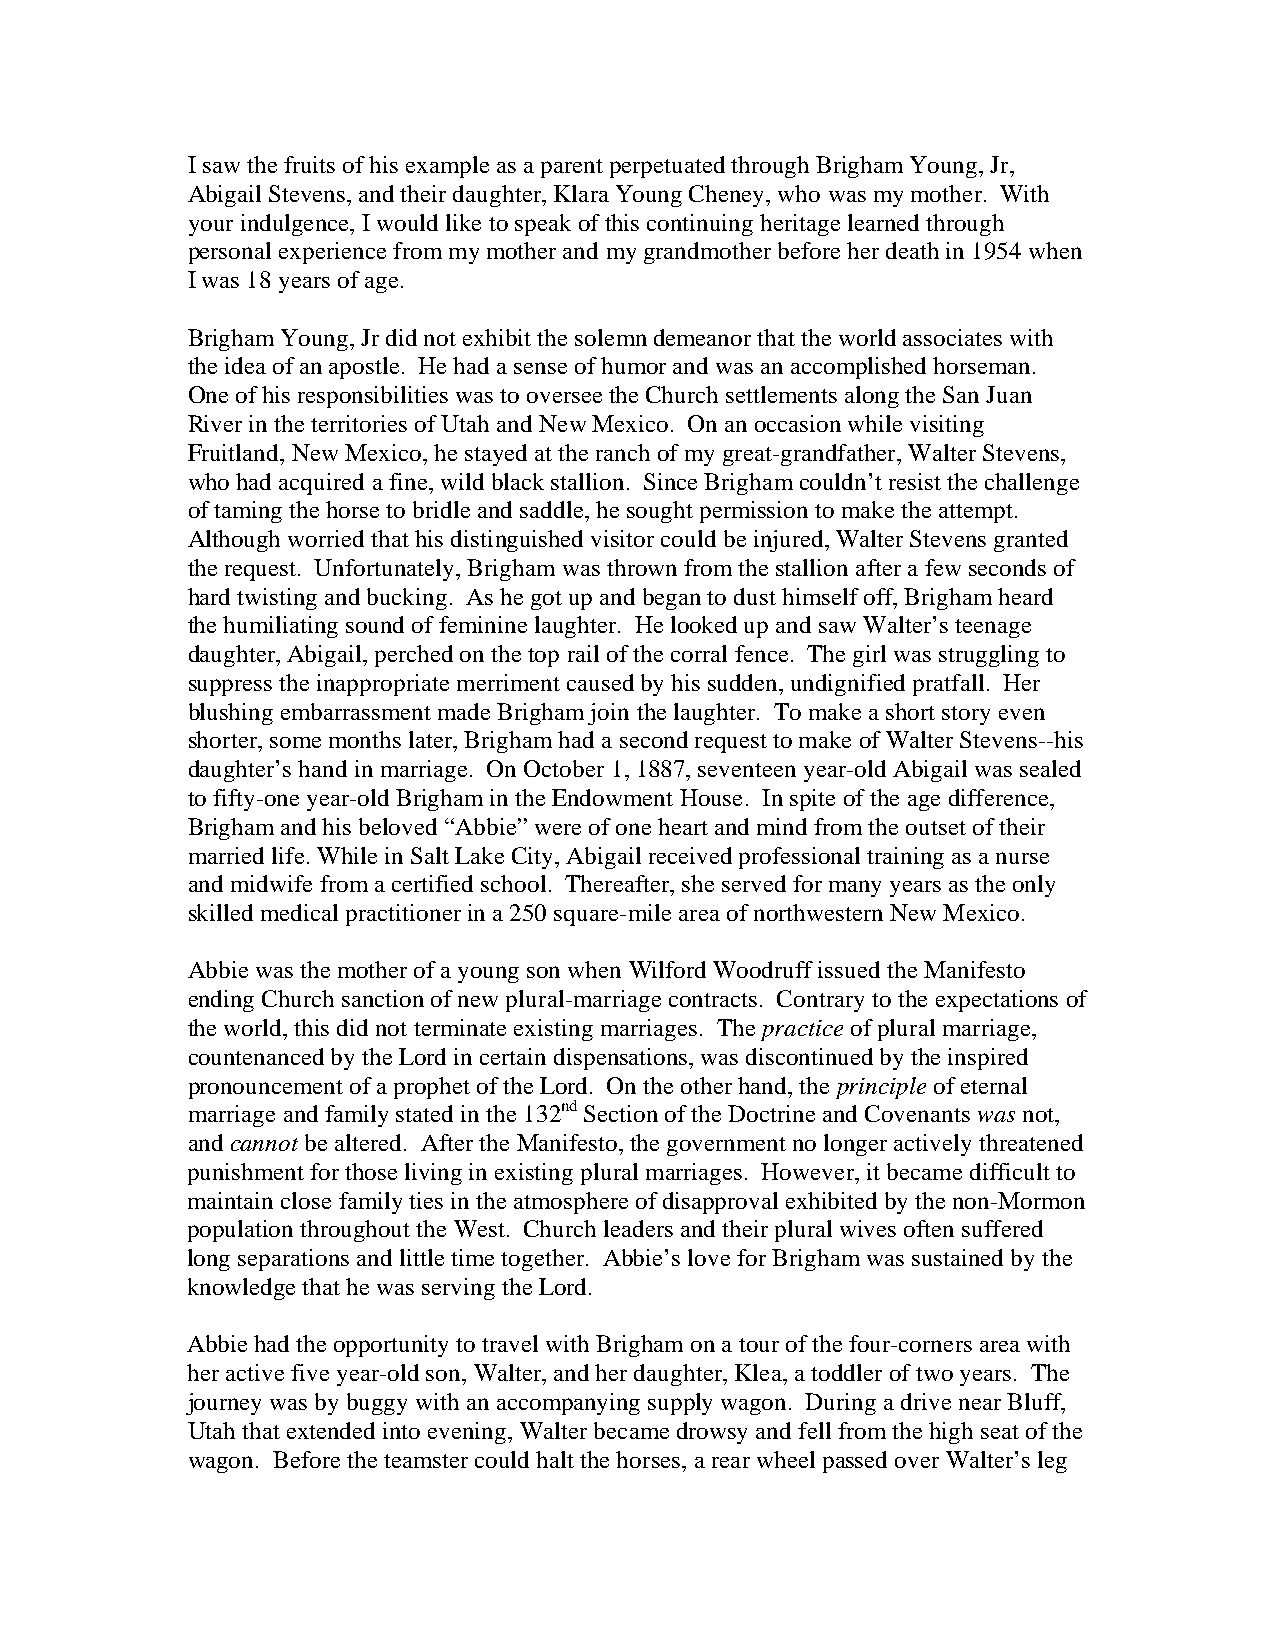
I saw the fruits of his example as a parent perpetuated through Brigham Young, Jr,
 Abigail Stevens, and their daughter, Klara Young Cheney, who was my mother. With
 your indulgence, I would like to speak of this continuing heritage learned through
 personal experience from my mother and my grandmother before her death in 1954 when
 I was 18 years of age.
 Brigham Young, Jr did not exhibit the solemn demeanor that the world associates with
 the idea of an apostle. He had a sense of humor and was an accomplished horseman.
 One of his responsibilities was to oversee the Church settlements along the San Juan
 River in the territories of Utah and New Mexico. On an occasion while visiting
 Fruitland, New Mexico, he stayed at the ranch of my great-grandfather, Walter Stevens,
 who had acquired a fine, wild black stallion. Since Brigham couldn’t resist the challenge
 of taming the horse to bridle and saddle, he sought permission to make the attempt.
 Although worried that his distinguished visitor could be injured, Walter Stevens granted
 the request. Unfortunately, Brigham was thrown from the stallion after a few seconds of
 hard twisting and bucking. As he got up and began to dust himself off, Brigham heard
 the humiliating sound of feminine laughter. He looked up and saw Walter’s teenage
 daughter, Abigail, perched on the top rail of the corral fence. The girl was struggling to
 suppress the inappropriate merriment caused by his sudden, undignified pratfall. Her
 blushing embarrassment made Brigham join the laughter. To make a short story even
 shorter, some months later, Brigham had a second request to make of Walter Stevens--his
 daughter’s hand in marriage. On October 1, 1887, seventeen year-old Abigail was sealed
 to fifty-one year-old Brigham in the Endowment House. In spite of the age difference,
 Brigham and his beloved “Abbie” were of one heart and mind from the outset of their
 married life. While in Salt Lake City, Abigail received professional training as a nurse
 and midwife from a certified school. Thereafter, she served for many years as the only
 skilled medical practitioner in a 250 square-mile area of northwestern New Mexico.
 Abbie was the mother of a young son when Wilford Woodruff issued the Manifesto
 ending Church sanction of new plural-marriage contracts. Contrary to the expectations of
 the world, this did not terminate existing marriages. The practice of plural marriage,
 countenanced by the Lord in certain dispensations, was discontinued by the inspired
 pronouncement of a prophet of the Lord. On the other hand, the principle of eternal
 marriage and family stated in the 132nd Section of the Doctrine and Covenants was not,
 and cannot be altered. After the Manifesto, the government no longer actively threatened
 punishment for those living in existing plural marriages. However, it became difficult to
 maintain close family ties in the atmosphere of disapproval exhibited by the non-Mormon
 population throughout the West. Church leaders and their plural wives often suffered
 long separations and little time together. Abbie’s love for Brigham was sustained by the
 knowledge that he was serving the Lord.
 Abbie had the opportunity to travel with Brigham on a tour of the four-corners area with
 her active five year-old son, Walter, and her daughter, Klea, a toddler of two years. The
 journey was by buggy with an accompanying supply wagon. During a drive near Bluff,
 Utah that extended into evening, Walter became drowsy and fell from the high seat of the
 wagon. Before the teamster could halt the horses, a rear wheel passed over Walter’s leg